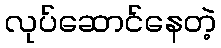
လုပ်ဆောင်နေတဲ့